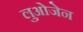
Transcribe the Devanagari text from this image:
लुओजेन